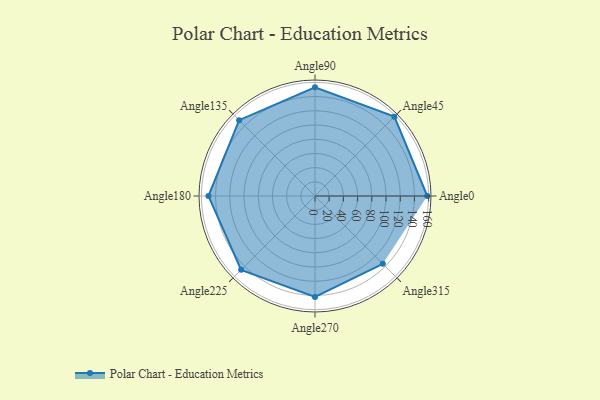
{"axis": {"x": "Angle", "y": "Radius"}, "legend": [""], "data": [{"x": "Angle0", "y": 158.0, "type": ""}, {"x": "Angle45", "y": 158.0, "type": ""}, {"x": "Angle90", "y": 153.0, "type": ""}, {"x": "Angle135", "y": 151.0, "type": ""}, {"x": "Angle180", "y": 150.0, "type": ""}, {"x": "Angle225", "y": 147.0, "type": ""}, {"x": "Angle270", "y": 142.0, "type": ""}, {"x": "Angle315", "y": 135.0, "type": ""}]}